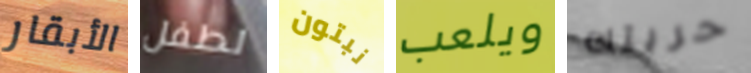
الأبقار لطفل نبتون ويلعب حريتك